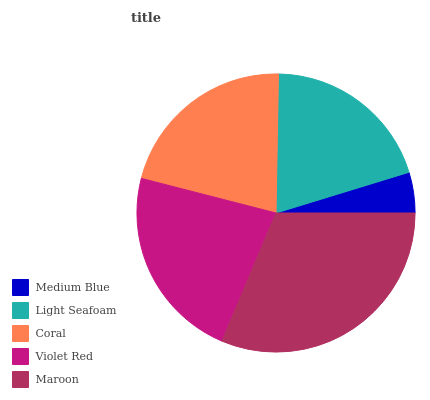
| Medium Blue | Light Seafoam | Coral | Violet Red | Maroon |
 | --- | --- | --- | --- | --- |
 | 4.72% | 20% | 21.3% | 22.6% | 31.3% |